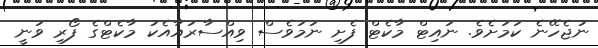
ނުޖެހޭނެ ކަމަށެވެ. ނައިޓް މާކެޓް ފެށި ނަމަވެސް ވިއްސާރައާއެކު މާކެޓްގެ ފޯރި ވަނީ